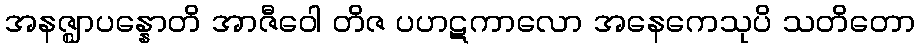
အနဇ္ဈာပန္နောတိ အာဇီဝေါ တိဇ ပဟဋကာလော အနေကေသုပိ သတိတော